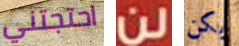
احتجتني لن يكن